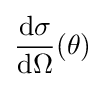
{\frac {\mathrm {d} \sigma }{\mathrm {d} \Omega }}(\theta )